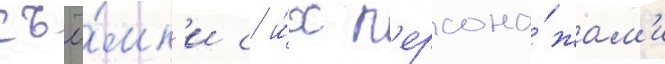
съё́мк'и с и́х п'ерсона́жам'и